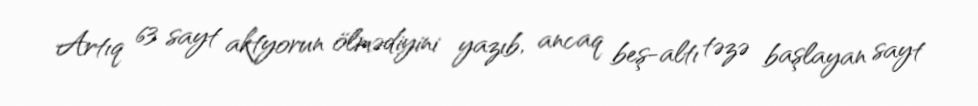
Artıq 63 sayt aktyorun ölmədiyini yazıb, ancaq beş-altı təzə başlayan sayt